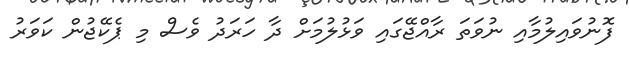
ފޮނުވައިލުމާއި ނުވަތަ ރާއްޖޭގައި ވަޅުލުމަށް ދާ ހަރަދު ވެސް މި ޕެކޭޖުން ކަވަރު